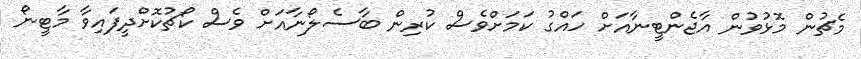
މެޗުން މޮޅުވުން އާޖެންޓީނާއަށް ހައްގު ކަމަށްވެސް ކުރިން ބާސެލޯނާއަށް ވެސް ކޯޗުކޮށްދީފައިވާ މާޓީނޯ